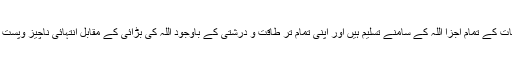
کائنات کے تمام اجزا اللہ کے سامنے تسلیم ہیں اور اپنی تمام تر طاقت و درشتی کے باوجود اللہ کی بڑائی کے مقابل انتہائی ناچیز وپست ہیں۔